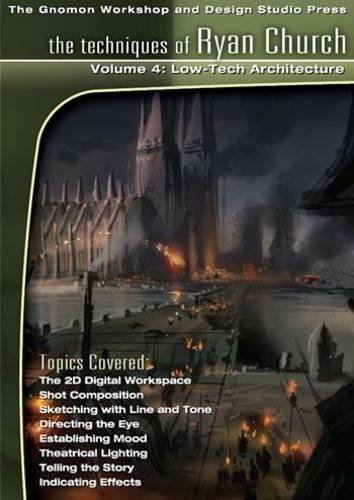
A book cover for The Techniques of Ryan Church: No. 4: Rendering Low-tech Architecture; Ryan Church; Computers & Technology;